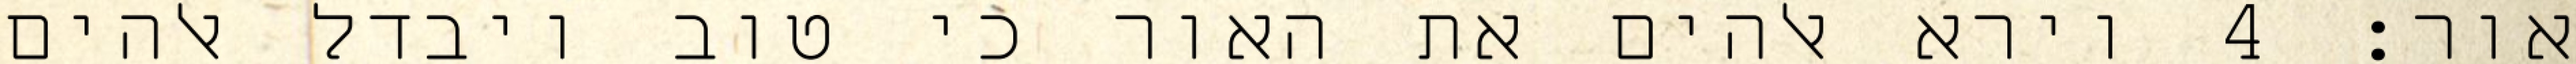
אור׃ ‎4‏ וירא אלהים את האור כי טוב ויבדל אלהים